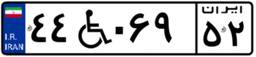
۳۱W۶۰۷۹۶